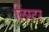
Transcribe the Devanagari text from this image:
लिंस्टर